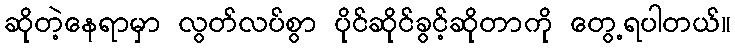
ဆိုတဲ့နေရာမှာ လွတ်လပ်စွာ ပိုင်ဆိုင်ခွင့်ဆိုတာကို တွေ့ရပါတယ်။